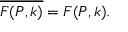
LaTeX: \overline { { { F ( P , k ) } } } = F ( P , k ) .